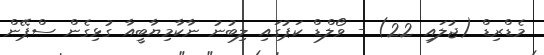
މެޑްރިޑް (ޖުލައި 22) - ވޯލްޑް ކަޕުގައި ލިބުނު ނާކާމިޔާބީއާ ގުޅިގެން ސްޕޭން